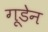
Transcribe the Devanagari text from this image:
गूडेन